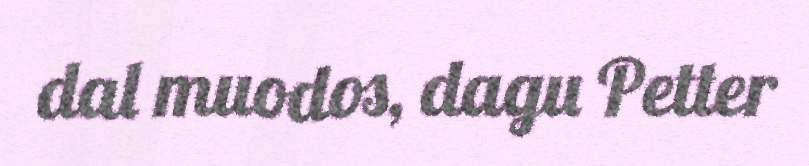
dal muodos, dagu Petter